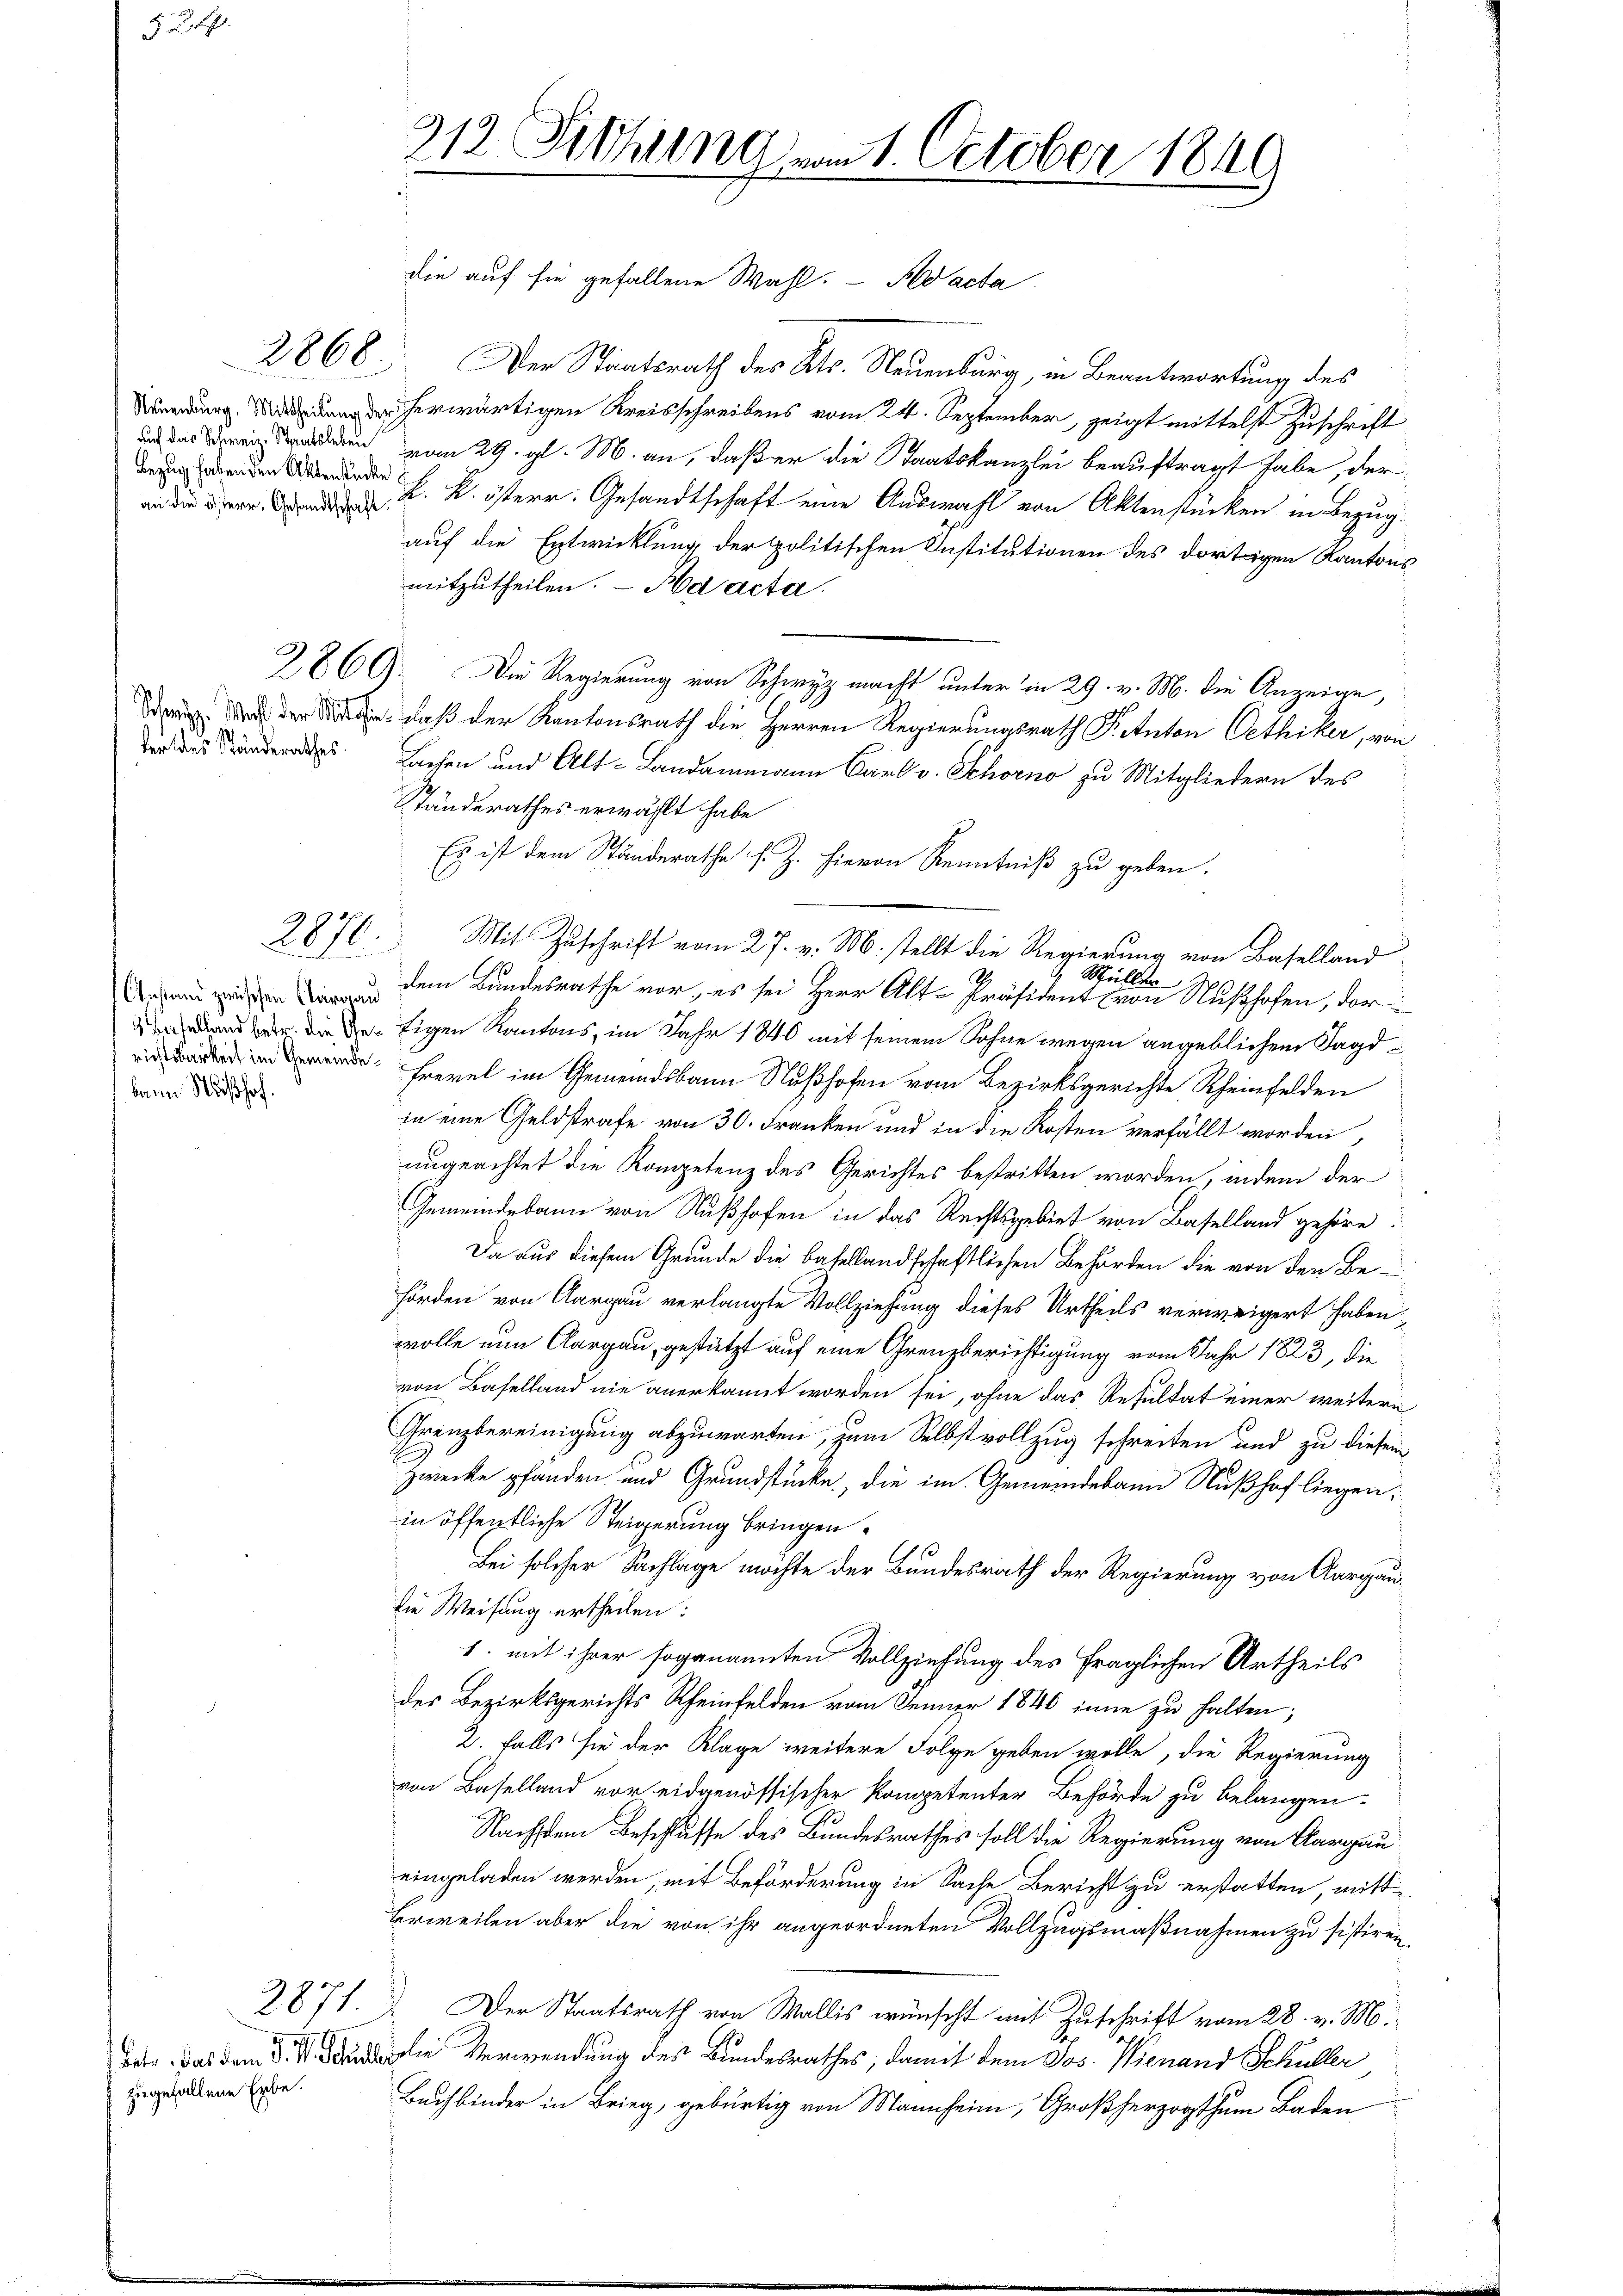
549.

2868.

Bezug haben den Aktenstücke

zugefallene Erbe.

2876.

Anstand zwischen Aargau
kann Mißhof.

die auf sie gefallene Wahl. - Nacha
Der Staatsrath des Kts. Neuenburg, in Beantwortung des
 herwärtigen Kreisschreibens vom 24. September, zeigt mittelst Zuschrift
 vom 29. gl. M. an, daß er die Staatskanzlei beauftragt habe, der
 k. k. österr. Gesandtschaft eine Auswahl von Aktenstücken in Bezug.
auf die Entwicklung der politischen Institutionen des dortigen Kantons
mitzutheilen. — Ha acta.
2860. Die Regierung von Schwyz macht unter in 29. v. M. die Anzeige,
Dr Mode der Sitte, daß der Kantonsrath die Herren Regierungsrath J. Anton Oethiker, von
in des Lesen und Alt-Landammann Carl v. Schorno zu Mitgliedern des
Ständerathes erwählt habe
Es ist dem Ständerathe s. Z. hievon Kenntniß zu geben.
Mit Zuschrift vom 27. v. M. stellt die Regierung von Baselland
 Mül
Be
dem Bundesrathe vor, es sei Herr Alt-Präsident von Nußhofen, dorand den die der Eigen Kantons, im Jahr 1840 mit seinem Sohne wegen angeblichen Jagd¬
Frevel im Gemeindsbann Nußhofen vom Bezirksgerichte Rheinfelden
in eine Geldstrafe von 30. Franken und in die Kosten verfällt worden,
ungeachtet die Kompetenz des Gerichtes bestritten worden, indem der
Gemeindebann von Nußhofen in das Rechtsgebiet von Baselland gehöre.
Da aus diesem Grunde die Basellandschaftlichen Behörden die von den Behörden von Aargau verlangte Vollziehung dieses Urtheils verweigert haben,
wolle nun Aargau, gestützt auf eine Grenzberichtigung vom Jahr 1823, die
von Baselland nie anerkannt worden sei, ohne das Resultat einer weitern
Grenzbereinigung abzuwarten, zum Selbstvollzug schreiten und zu diesem
Zwecke pfänden und Grundstücke, die im Gemeindesan Nußhof liegen,
in öffentliche Steigerung bringen.
Bei solcher Sachlage möchte der Bundesrath der Regierung von Aargaudie Weisung ertheilen:
1. mit ihrer sogenannten Vollziehung des fraglichen Urtheils
des Bezirksgerichts Rheinfelden vom Jenner 1840 inne zu halten;
2. falls sie der Klage weitere Folge geben wolle, die Regierung
von Baselland vor eidgenössischer Kompetenter Behörde zu belangen.
1
Nachdem Beschlusse des Bundesrathes soll die Regierung von Aargau
eingeladen werden, mit Beförderung in Sache Bericht zu erstatten, mitt¬
Berweilen aber die von ihr angeordneten Vollzugsmaßnahmen zu sistiren,
2871. Der Staatsrath von Wallis wünscht mit Zuschrift vom 28. v. M.
der, das dem 8. die Verwendung des Bundesrathes, damit dem Jos. Wienand Schüller
Buchbinder in Brieg, gebürtig von Mannheim, Großherzogthum Baden

312. Fethung vom 1. October 1849